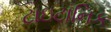
ટાઇટાનિક